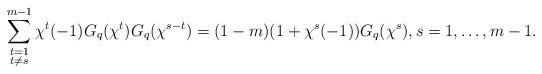
\begin{align*}\sum\limits_{\substack{t=1\\ t\neq s}}^{m-1}\chi^t(-1)G_q(\chi^t)G_q(\chi^{s-t})=(1-m)(1+\chi^s(-1))G_q(\chi^s),s=1,\dots,m-1.\end{align*}